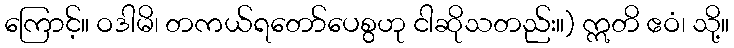
ကြောင့်။ ဝဒါမိ၊ တကယ်ရတော်ပေစွဟု ငါဆိုသတည်း။) ဣတိ ဧဝံ၊ သို့။